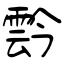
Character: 霒